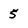
Character: 5